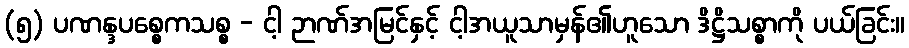
(၅) ပဏန္ဒပစ္စေကသစ္စ - ငါ့ ဉာဏ်အမြင်နှင့် ငါ့အယူသာမှန်၏ဟူသော ဒိဋ္ဌိသစ္စာကို ပယ်ခြင်း။